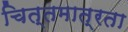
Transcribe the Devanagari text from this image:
चित्तमात्रता